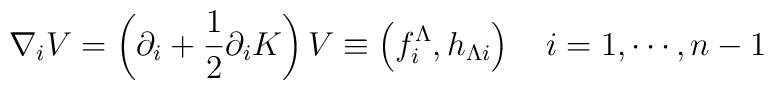
\nabla_i V=\left( \partial _i + {1 \over 2} \partial _i K \right)V \equiv\left( f^\Lambda_i, h_{\Lambda i}\right) \quad i=1,\cdots , n-1